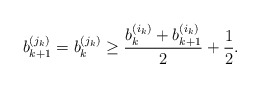
\begin{align*}b_{k + 1}^{(j_k)} = b_k^{(j_k)} \geq \frac{b_k^{(i_k)} + b_{k + 1}^{(i_k)}}{2} + \frac12.\end{align*}